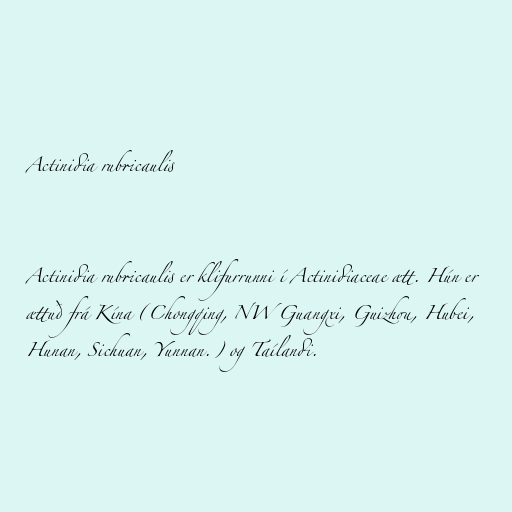
Actinidia rubricaulis

Actinidia rubricaulis er klifurrunni í Actinidiaceae ætt. Hún er
ættuð frá Kína (Chongqing, NW Guangxi, Guizhou, Hubei,
Hunan, Sichuan, Yunnan.) og Taílandi.